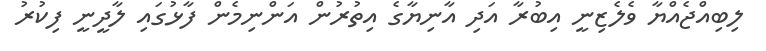
ލިބިއްޖެއްޔާ ވެލެޒިނީ އިބުރާ އަދި އާނިޔާގެ އިތުރުން އަންނިމެން ފާޅުގައި ލާދީނީ ފިކުރު